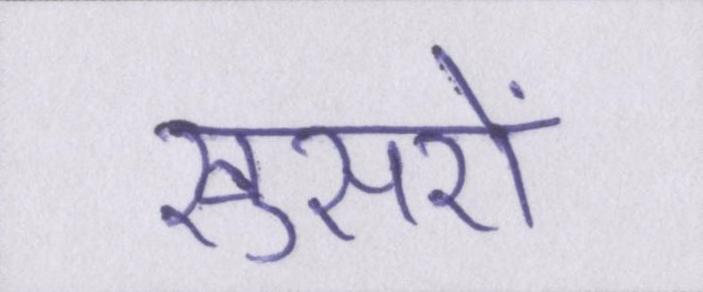
खुसरों